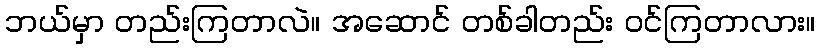
ဘယ်မှာ တည်းကြတာလဲ။ အဆောင် တစ်ခါတည်း ဝင်ကြတာလား။